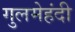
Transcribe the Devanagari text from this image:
गुलमेहंदी